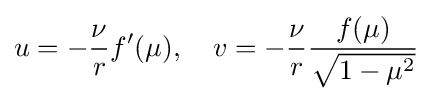
u=-{\frac {\nu }{r}}f'(\mu ),\quad v=-{\frac {\nu }{r}}{\frac {f(\mu )}{\sqrt {1-\mu ^{2}}}}